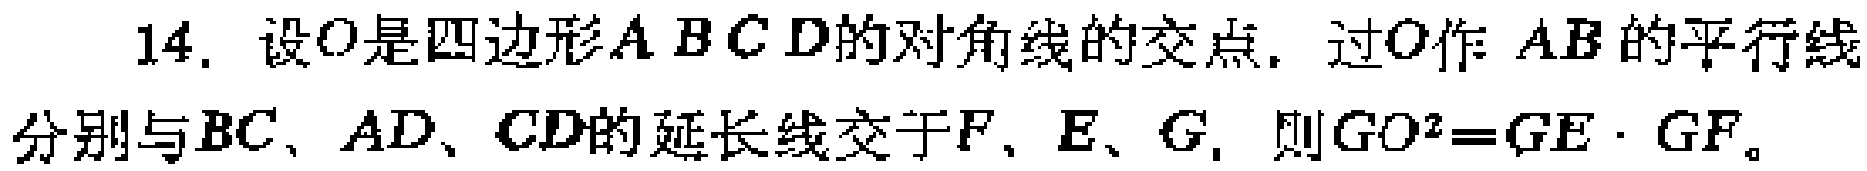
14. 设\(O\)是四边形\(ABCD\)的对角线的交点，过\(O\)作 \(AB\)的平行线分别与\(BC\)、\(AD\)、\(CD\)的延长线交于\(F\)、\(E\)、\(G\)，则\(GO^{2}=GE\cdot GF\)。